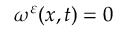
\omega ^ { \varepsilon } ( x , t ) = 0